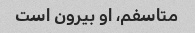
متاسفم، او بیرون است